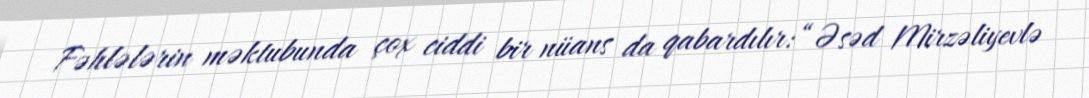
Fəhlələrin məktubunda çox ciddi bir nüans da qabardılır: “Əsəd Mirzəliyevlə